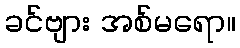
ခင်ဗျား အစ်မရော။